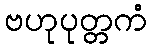
ဗဟုပုတ္တကံ